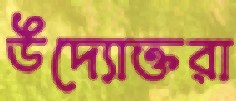
উদ্যোক্তরা